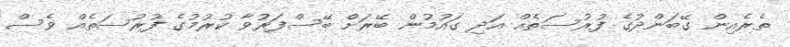
ތެރެއިން ގޭބަންދުގެ ފުރުސަތެއް އަދި ގައުމުން ބޭރަށް ބޭސްފަރުވާ ކުރުމުގެ ފުރުސަތެއް ވެސް